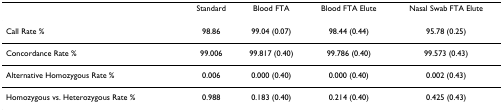
<table><thead><tr><td>[EMPTY_CELL]</td><td><b>Standard</b></td><td><b>Blood FTA</b></td><td><b>Blood FTA Elute</b></td><td><b>Nasal Swab FTA Elute</b></td></tr></thead><tbody><tr><td>Call Rate %</td><td>98.86</td><td>99.04 (0.07)</td><td>98.44 (0.44)</td><td>95.78 (0.25)</td></tr><tr><td>Concordance Rate %</td><td>99.006</td><td>99.817 (0.40)</td><td>99.786 (0.40)</td><td>99.573 (0.43)</td></tr><tr><td>Alternative Homozygous Rate %</td><td>0.006</td><td>0.000 (0.40)</td><td>0.000 (0.40)</td><td>0.002 (0.43)</td></tr><tr><td>Homozygous vs. Heterozygous Rate %</td><td>0.988</td><td>0.183 (0.40)</td><td>0.214 (0.40)</td><td>0.425 (0.43)</td></tr></tbody></table>